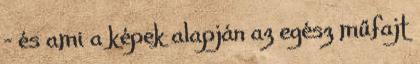
– és ami a képek alapján az egész műfajt